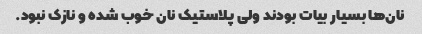
نان‌ها بسیار بیات بودند ولی پلاستیک نان خوب شده و نازک نبود.